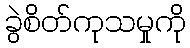
ခွဲစိတ်ကုသမှုကို